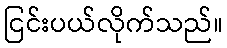
ငြင်းပယ်လိုက်သည်။